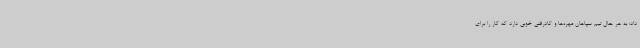
داد: به هر حال تیم سپاهان مهره‌ها و کادرفنی خوبی دارد که کار را برای